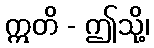
ဣတိ - ဤသို့၊